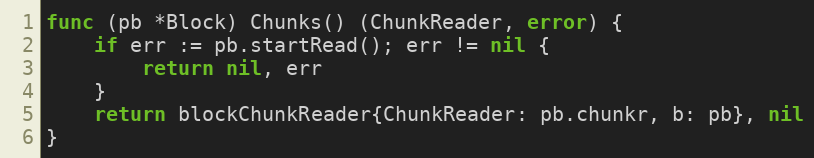
Language: Go
func (pb *Block) Chunks() (ChunkReader, error) {
	if err := pb.startRead(); err != nil {
		return nil, err
	}
	return blockChunkReader{ChunkReader: pb.chunkr, b: pb}, nil
}